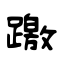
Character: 躈